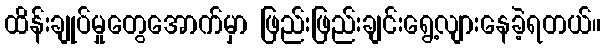
ထိန်းချုပ်မှုတွေအောက်မှာ ဖြည်းဖြည်းချင်းရွေ့လျားနေခဲ့ရတယ်။